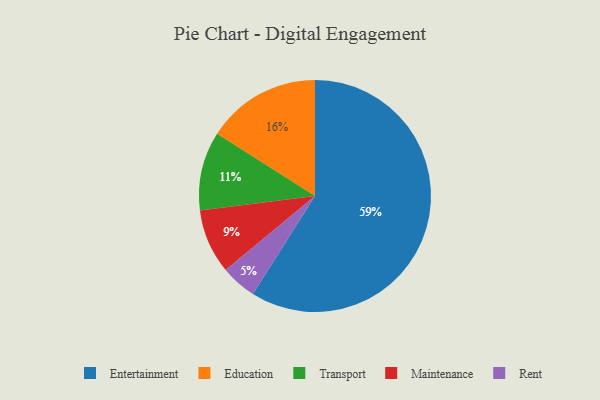
{"axis": {"x": "Category", "y": "Percentage"}, "legend": ["Education", "Entertainment", "Maintenance", "Rent", "Transport"], "data": [{"x": "Transport", "y": 11, "type": "Transport"}, {"x": "Education", "y": 16, "type": "Education"}, {"x": "Rent", "y": 5, "type": "Rent"}, {"x": "Maintenance", "y": 9, "type": "Maintenance"}, {"x": "Entertainment", "y": 59, "type": "Entertainment"}]}